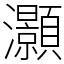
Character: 灝